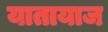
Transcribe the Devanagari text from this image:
यातायाज